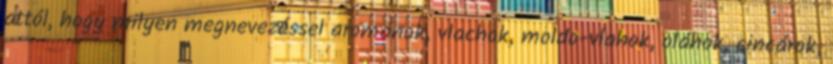
attól, hogy milyen megnevezéssel arománok, vlachok, moldo-vlahok, oláhok, cincárok,